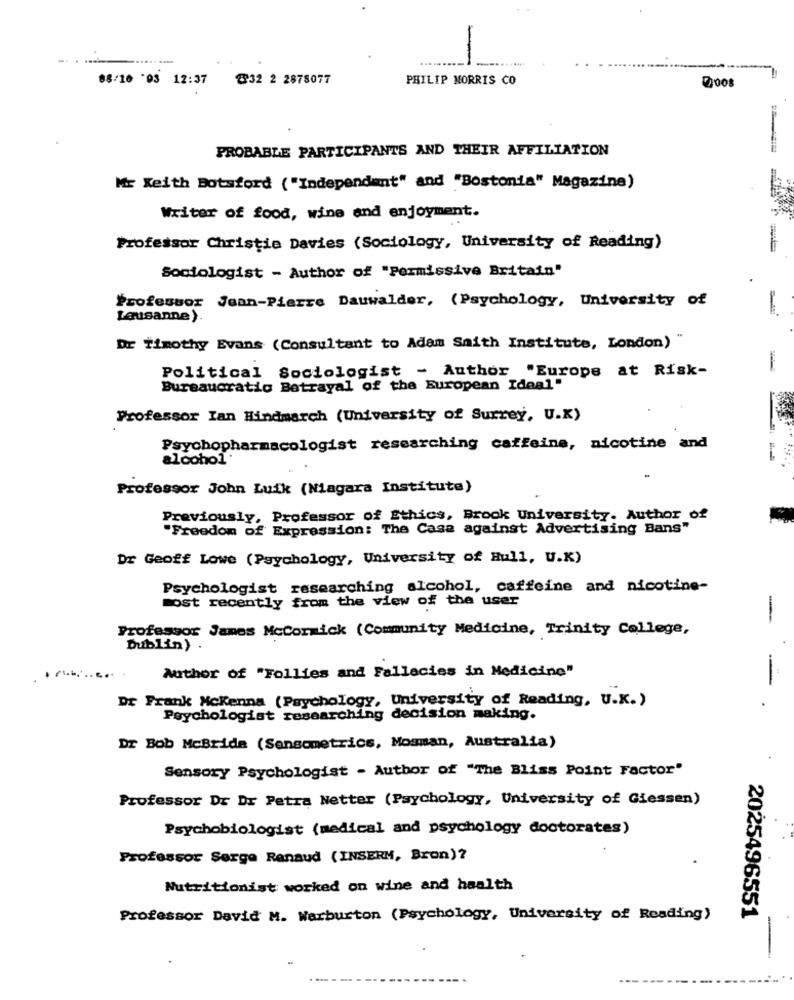
-.
-
08/10 '03 12:37 832 2 2878077
PHILIP MORRIS CO
PROBABLE PARTICIPANTS AND THEIR AFFILIATION
Mr Keith Botsford ("Independent" and "Bostonta" Magazine)
Writer of food, wine and enjoyment.
Professor Christie Davies (Sociology, University of Reading)
Sociologist - Author of "Permissive Britain"
Professor Jean-Pierre Dauwalder, (Psychology, University of
Lausanne)
Dr Timothy Evans (Consultant to Adam Smith Institute, London)
Political Sociologist - Author "Europe at Risk-
Bureaucratic Betrayal of the European Ideal"
Professor Ian Hindmarch (University of Surrey, U.K)
Psychopharmacologist researching caffeine, nicotine and
alcohol
Professor John Luik (Niagara Institute)
Previously, Professor of Ethics, Brook University. Author of
"Freedom of Expression: The Case against Advertising Bans"
Dr Geoff Lowe (Psychology, University of Hull, U.K)
Psychologist researching alcohol, caffeine and nicotine-
most recently from the view of the user
-
Professor James Mccormick (Community Medicine, Trinity College,
Dublin) .
....
Author of "Follies and Fallacies in Medicine"
-
Dr Frank Mckenna (Psychology, University of Reading, U.K.)
Psychologist researching decision making.
Dr Bob McBride (Sensometrics, Mosman, Australia)
Sensory Psychologist - Author of "The Bliss Point Factor"
Professor Dr Dr Petra Netter (Psychology, University of Giessen)
Psychobiologist (medical and psychology doctorates)
Professor Serge Renaud (INSERM, Bron)?
Nutritionist worked on wine and health
Professor David M. Warburton (Psychology, University of Reading)
2025496551
-